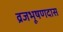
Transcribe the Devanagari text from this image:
व्रजभूषणदास